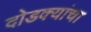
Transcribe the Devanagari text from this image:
दोडक्यांचा